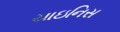
ચાઇનિસ